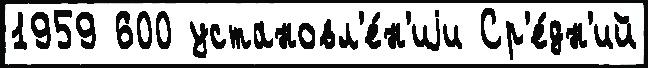
1959 600 установл'е́н'иjи Ср'е́дн'ий